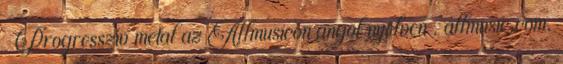
↑ Progresszív metal az Allmusicon angol nyelven . allmusic.com.